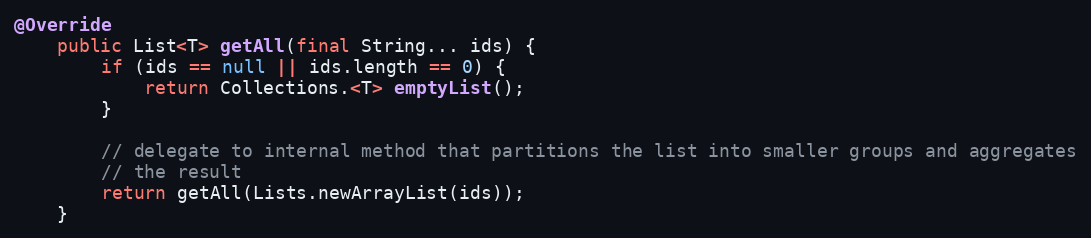
Language: Java
@Override
    public List<T> getAll(final String... ids) {
        if (ids == null || ids.length == 0) {
            return Collections.<T> emptyList();
        }

        // delegate to internal method that partitions the list into smaller groups and aggregates
        // the result
        return getAll(Lists.newArrayList(ids));
    }